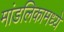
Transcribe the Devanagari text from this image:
मांडलिकामध्ये